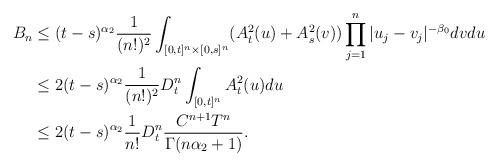
LaTeX: \begin{align*} B_n&\le (t-s)^{\alpha_2} \frac1{(n!)^2} \int_{[0,t]^n\times[0,s]^n} (A_t^2(u) + A_s^2(v)) \prod_{j=1}^n|u_j-v_j|^{-\beta_0}dvdu\\ &\le 2(t-s)^{\alpha_2} \frac1{(n!)^2} D_t^n \int_{[0,t]^n} A_t^2(u)du\\ &\le 2(t-s)^{\alpha_2} \frac1{n!} D_t^n \frac{C^{n+1}T^n}{\Gamma(n\alpha_2+1)}. \end{align*}